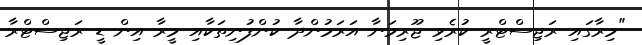
"މިރާގައި ރަޖިސްޓްރީ ކުރެވި ޖޫރިމަނާ އަރަމުންދާ ކުންފުނިތަކާއި މީރާ އިން ޑީ ރަޖިސްޓްރާ